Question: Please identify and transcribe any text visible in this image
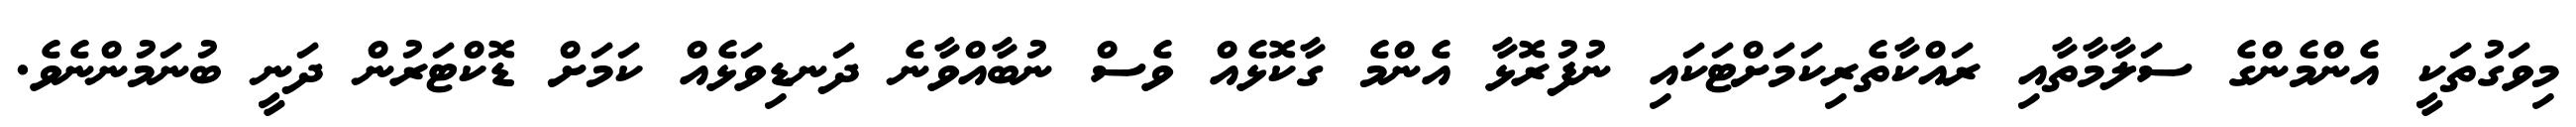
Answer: މިވަގުތަކީ އެންމެންގެ ސަލާމާތާއި ރައްކާތެރިކަމަށްޓަކައި ނުފުރޮޅާ އެންމެ ގާކޮޅެއް ވެސް ނުބާއްވާނެ ދަނޑިވަޅެއް ކަމަށް ޑޮކްޓަރުން ދަނީ ބުނަމުންނެވެ.